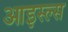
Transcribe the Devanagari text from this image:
आइस्ल्स